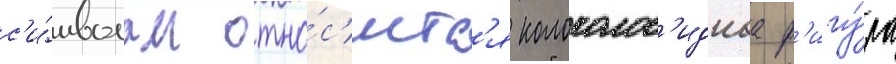
с'и́мволам отно́с'итс'я колоколов'иднаа ф'игу́ра